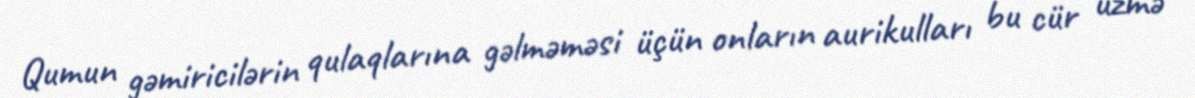
Qumun gəmiricilərin qulaqlarına gəlməməsi üçün onların aurikulları bu cür üzmə